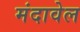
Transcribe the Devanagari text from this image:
मंदावेल